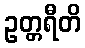
ဥတ္တရီတိ